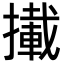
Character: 𢶪